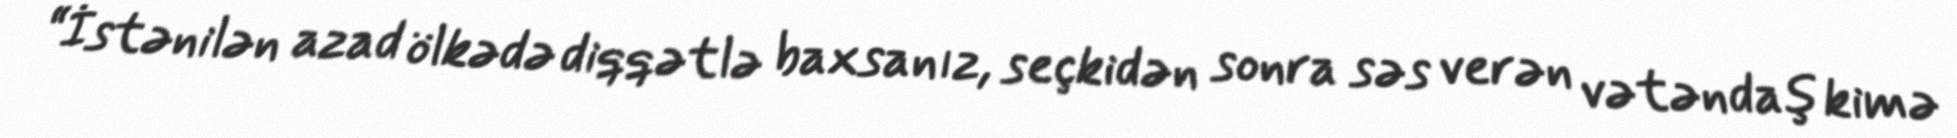
“İstənilən azad ölkədə diqqətlə baxsanız, seçkidən sonra səs verən vətəndaş kimə